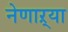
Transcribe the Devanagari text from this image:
नेणाऱ्‍या